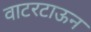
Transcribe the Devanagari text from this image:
वाटरटाऊन